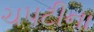
ચપટીના